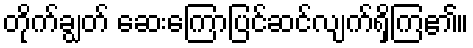
တိုက်ချွတ် ဆေးကြောပြင်ဆင်လျက်ရှိကြ၏။